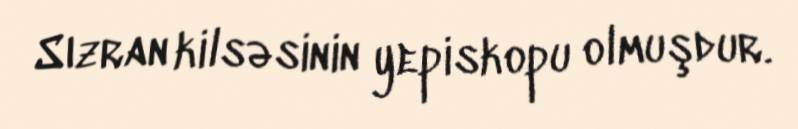
Sızran kilsəsinin yepiskopu olmuşdur.